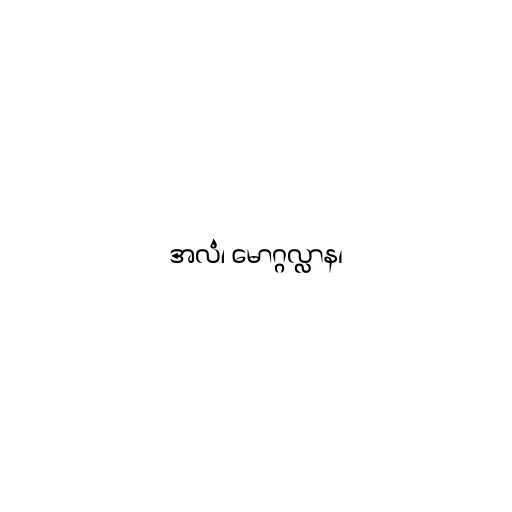
အလံ၊ မောဂ္ဂလ္လာန၊